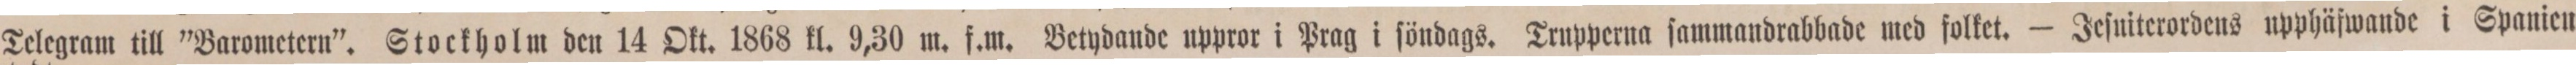
Telegram till ”Barometern”. Stockholm den 14 Okt. 1868 kl. 9,30 m. f.m. Betydande uppror i Prag i ſöndags. Trupperna ſammandrabbade med folket. — Jeſuiterordens upphäfwande i Spanien